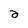
Character: 2